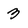
Character: 3